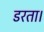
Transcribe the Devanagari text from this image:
डरता।